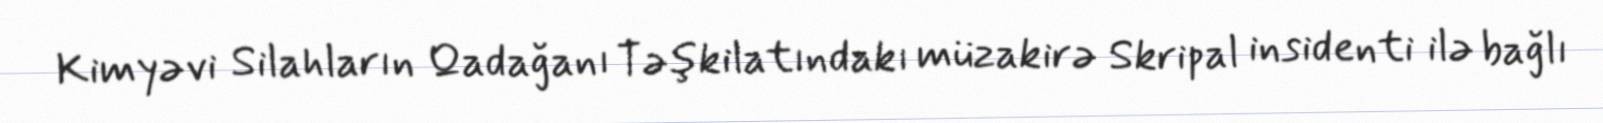
Kimyəvi Silahların Qadağanı Təşkilatındakı müzakirə Skripal insidenti ilə bağlı